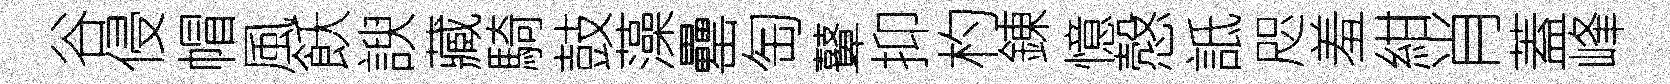
谷侵帽風飫諛藏騎鼓藻罍匋鼙抑杓錬憶慤詆咫羞紺肖蓋峰